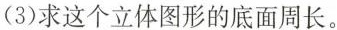
(3)求这个立体图形的底面周长。